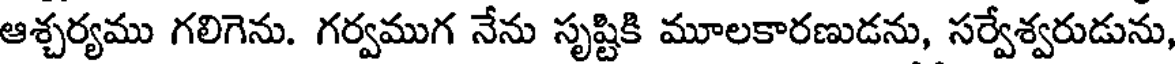
ఆశ్చర్యము గలిగెను. గర్వముగ నేను సృష్టికి మూలకారణుడను, సర్వేశ్వరుడును,